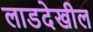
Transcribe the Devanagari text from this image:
लाडदेखील